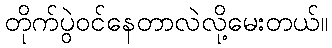
တိုက်ပွဲဝင်နေတာလဲလို့မေးတယ်။